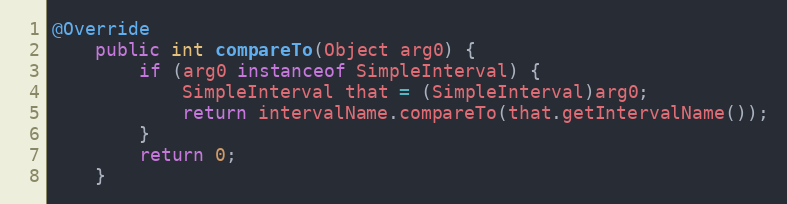
Language: Java
@Override
	public int compareTo(Object arg0) {
		if (arg0 instanceof SimpleInterval) {
			SimpleInterval that = (SimpleInterval)arg0;
			return intervalName.compareTo(that.getIntervalName());
		}
		return 0;
	}